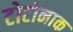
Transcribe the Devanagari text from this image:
टोटोनाक